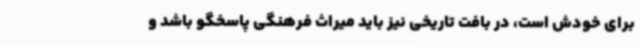
برای خودش است، در بافت تاریخی نیز باید میراث فرهنگی پاسخگو باشد و